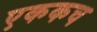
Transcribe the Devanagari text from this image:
एककच